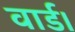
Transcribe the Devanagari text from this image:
वार्ड।